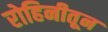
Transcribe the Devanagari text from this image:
रोहिनीतून